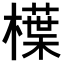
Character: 𣜿